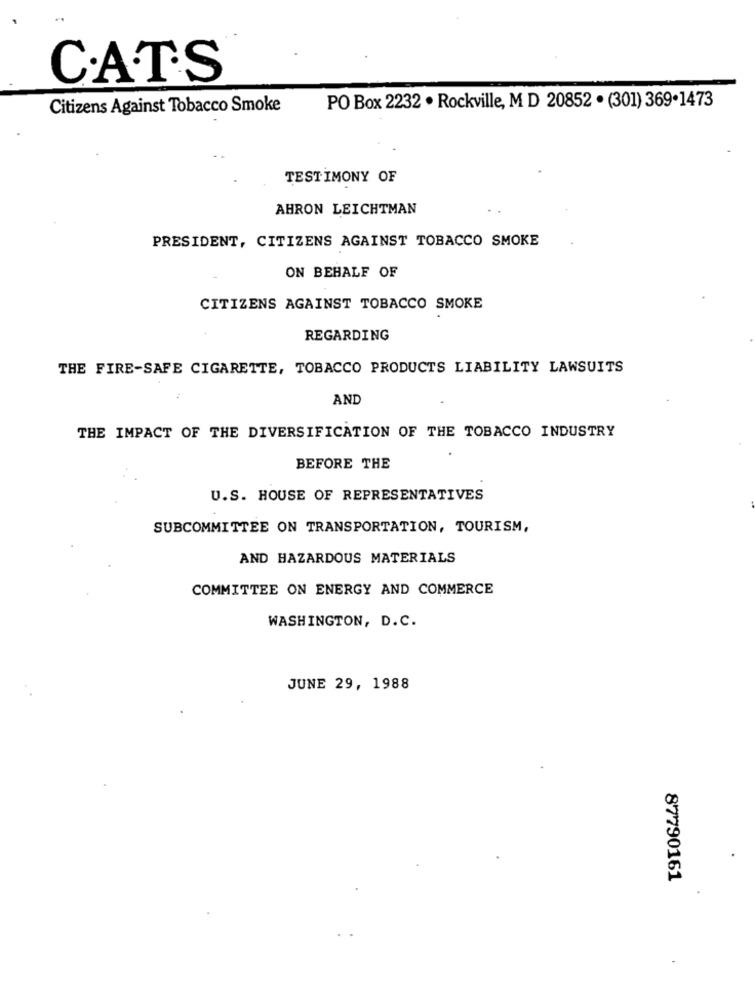
CATS
Citizens Against Tobacco Smoke
PO Box 2232 . Rockville, M D 20852 . (301) 369.1473
TESTIMONY OF
AHRON LEICHTMAN
PRESIDENT, CITIZENS AGAINST TOBACCO SMOKE
ON BEHALF OF
CITIZENS AGAINST TOBACCO SMOKE
REGARDING
THE FIRE-SAFE CIGARETTE, TOBACCO PRODUCTS LIABILITY LAWSUITS
AND
THE IMPACT OF THE DIVERSIFICATION OF THE TOBACCO INDUSTRY
BEFORE THE
U.S. HOUSE OF REPRESENTATIVES
SUBCOMMITTEE ON TRANSPORTATION, TOURISM,
AND HAZARDOUS MATERIALS
COMMITTEE ON ENERGY AND COMMERCE
WASHINGTON, D.C.
JUNE 29, 1988
87790161